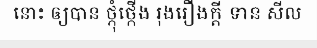
នោះ ឲ្យបាន ថ្កុំថ្កើង រុងរឿងក្តី ទាន សីល